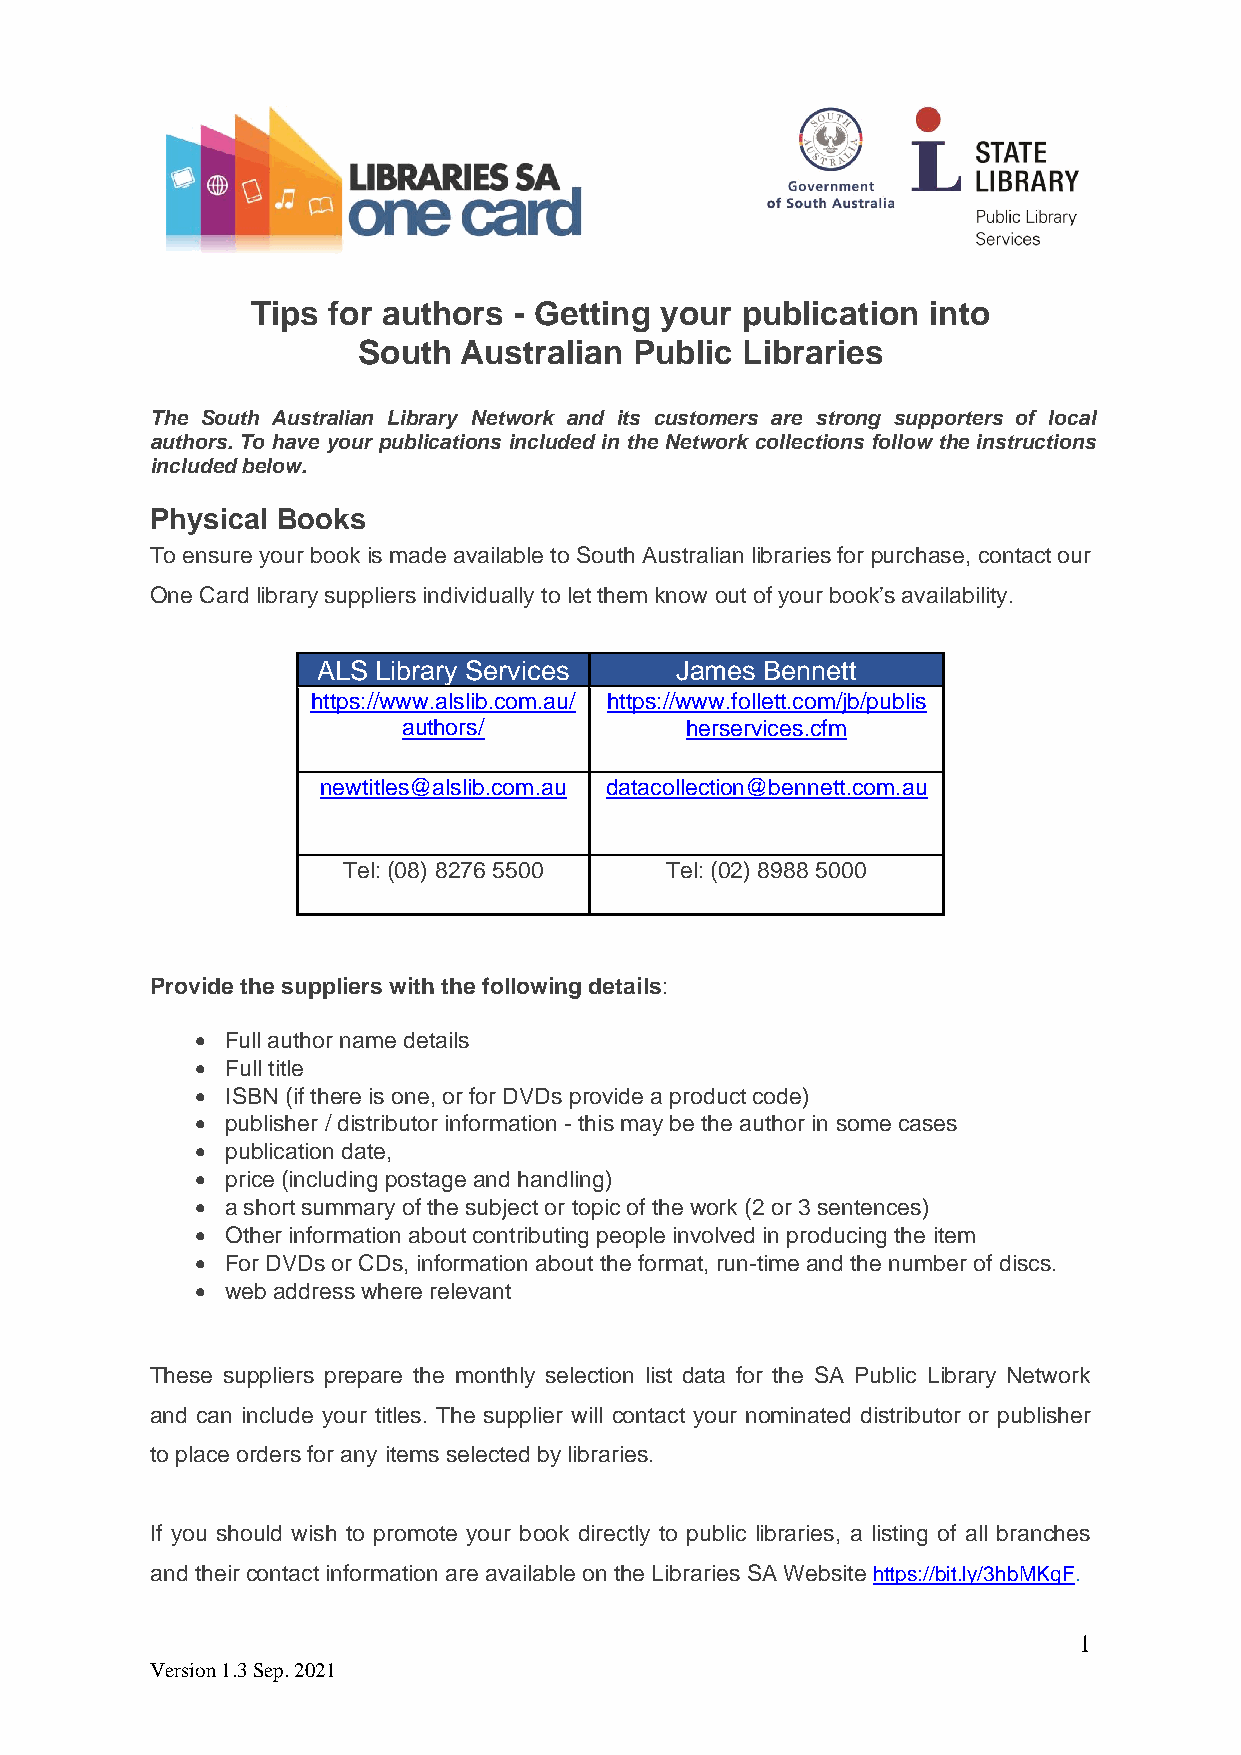
Tips for authors - Getting your publication into
 South Australian  Public Libraries
 The South Australian Library Network and its customers are strong supporters of local
 authors. To have your publications included in the Network collections follow the instructions
 included below.
 Physical Books
 To ensure your book is made available to South Australian libraries for purchase, contact our
 One Card library suppliers individually to let them know out of your book’s availability.
 ALS Librar y Services   James Bennett
 https://www.alslib.com.au/ https://www.follett.com/jb/publis
 authors/          herservices.cfm
 newtitles@alslib.com.au datacollection@bennett.com.au
 Tel: (08) 8276 5500  Tel: (02) 8988 5000
 Provide the suppliers with the following details:
 • Full author name details
 • Full title
 • ISBN (if there is one, or for DVDs provide a product code)
 • publisher / distributor information - this may be the author in some cases
 • publication date,
 • price (including postage and handling)
 • a short summary of the subject or topic of the work (2 or 3 sentences)
 • Other information about contributing people involved in producing the item
 • For DVDs or CDs, information about the format, run-time and the number of discs.
 • web address where relevant
 These suppliers prepare the monthly selection list data for the SA Public Library Network
 and can include your titles. The supplier will contact your nominated distributor or publisher
 to place orders for any items selected by libraries.
 If you should wish to promote your book directly to public libraries, a listing of all branches
 and their contact information are available on the Libraries SA Website https://bit.ly/3hbMKqF.
 1
 Version 1.3 Sep. 2021